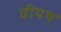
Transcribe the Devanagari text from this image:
वीयथ